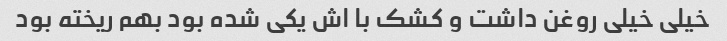
خیلی خیلی روغن داشت و کشک با اش یکی شده بود بهم ریخته بود